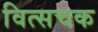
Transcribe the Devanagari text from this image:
वित्सचक